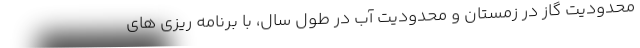
محدودیت گاز در زمستان و محدودیت آب در طول سال، با برنامه ریزی های